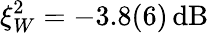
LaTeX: \xi_{W}^{2}=-3.8(6)\, \mathrm{dB}